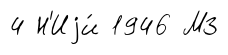
4 Н'Иjи́ 1946 МЗ